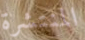
المنتشرة